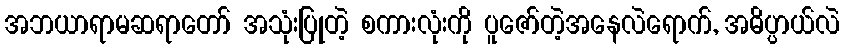
အဘယာရာမဆရာတော် အသုံးပြုတဲ့ စကားလုံးကို ပူဇော်တဲ့အနေလဲရောက်, အဓိပ္ပာယ်လဲ